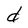
Character: d